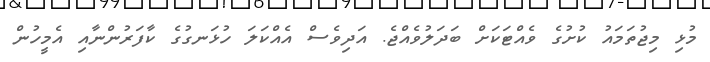
މުޅި މިޖުތަމައު ކުށުގެ ވެއްޓަކަށް ބަދަލުވެއްޖެ. އަދިވެސް އެއްކަލަ ހުޅަނގުގެ ކާފަރުންނާއި އެމީހުން